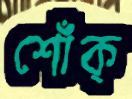
শোঁক্‌